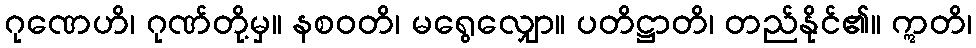
ဂုဏေဟိ၊ ဂုဏ်တို့မှ။ နစဝတိ၊ မရွေလျှော။ ပတိဋ္ဌာတိ၊ တည်နိုင်၏။ ဣတိ၊